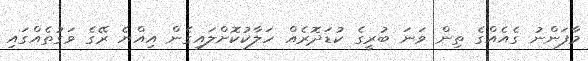
މާފަންނު ގެއެއްގެ ތިން ވަނަ ބުރީގެ ކުޑަދޮރެއް ހަލާކުކޮށްލައިގެން އިއްޔެ ރޭގެ ވަގުތެއްގައި